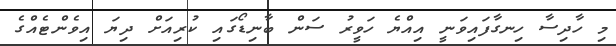
މި ހާދިސާ ހިނގާފައިވަނީ އިއްޔެ ހަވީރު ސަން ބާނިޑޯގައި ކުރިއަށް ދިޔަ އިވެންޓެއްގެ